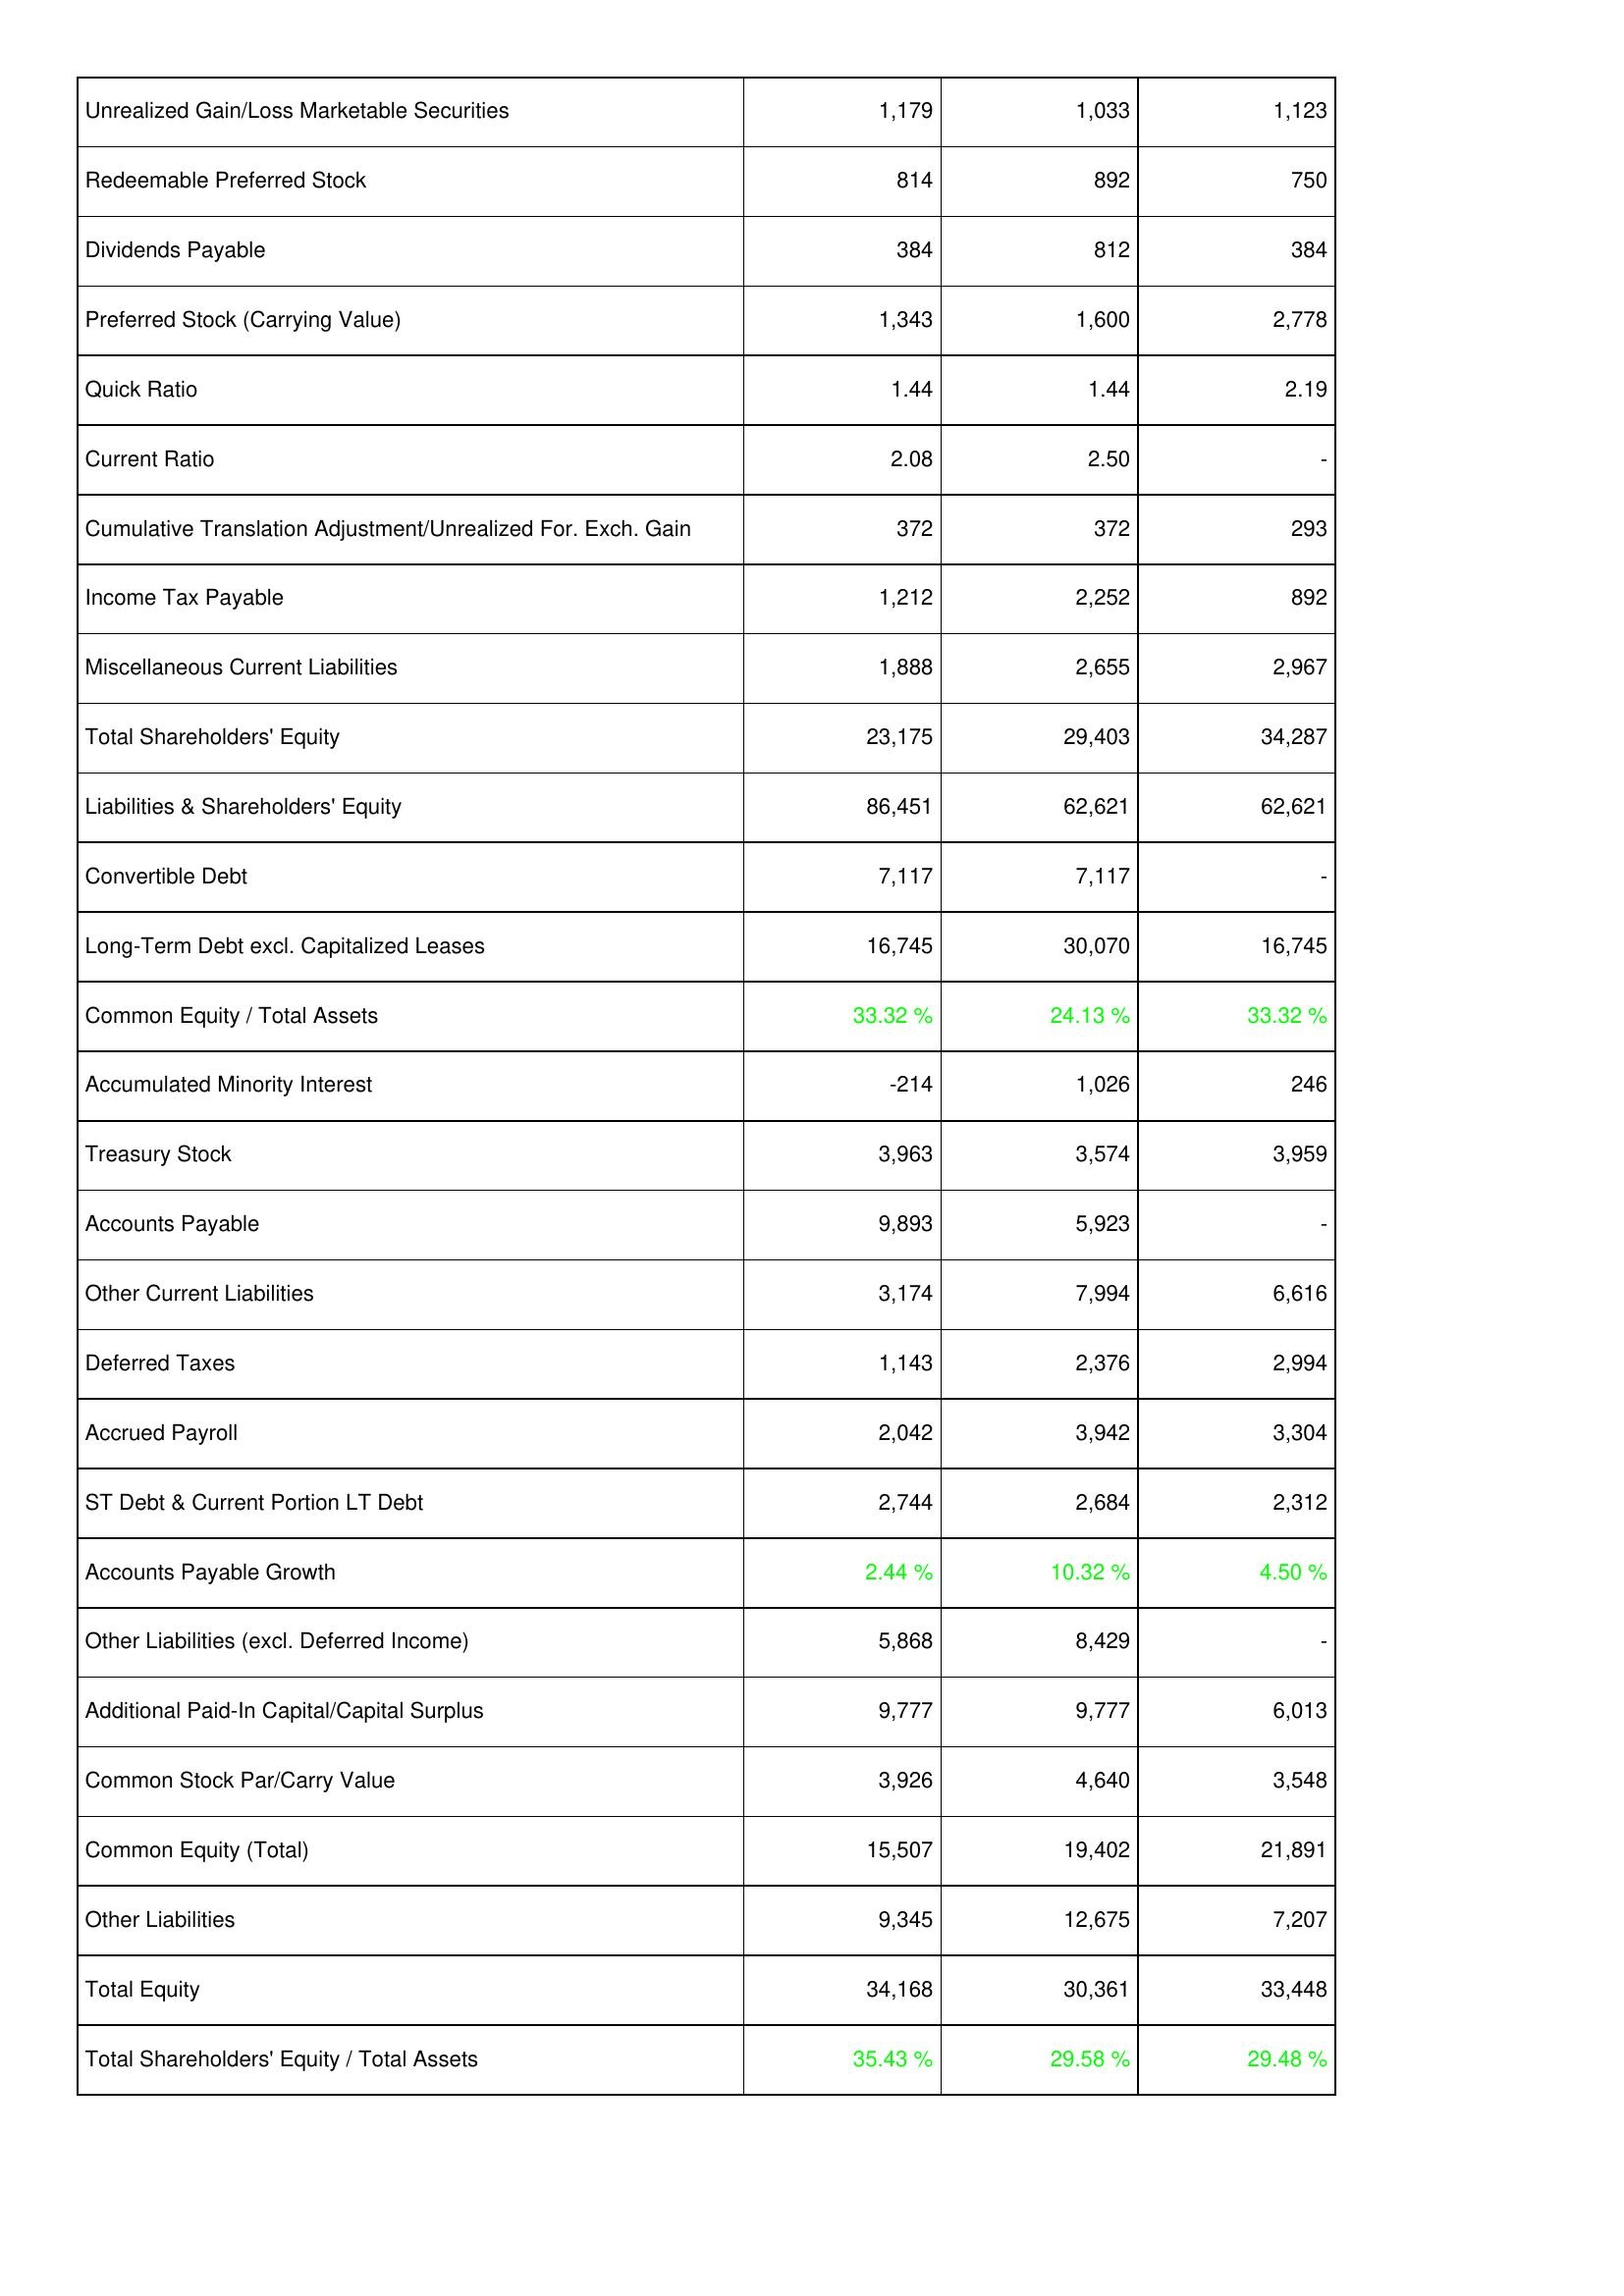
2015: Liabilities & Shareholders' Equity: Unrealized Gain/Loss Marketable Securities: 1,179
Redeemable Preferred Stock: 814
Dividends Payable: 384
Preferred Stock (Carrying Value): 1,343
Quick Ratio: 1.44
Current Ratio: 2.08
Cumulative Translation Adjustment/Unrealized For. Exch. Gain: 372
Income Tax Payable: 1,212
Miscellaneous Current Liabilities: 1,888
Total Shareholders' Equity: 23,175
Liabilities & Shareholders' Equity: 86,451
Convertible Debt: 7,117
Long-Term Debt excl. Capitalized Leases: 16,745
Common Equity / Total Assets: 33.32 %
Accumulated Minority Interest: -214
Treasury Stock: 3,963
Accounts Payable: 9,893
Other Current Liabilities: 3,174
Deferred Taxes: 1,143
Accrued Payroll: 2,042
ST Debt & Current Portion LT Debt: 2,744
Accounts Payable Growth: 2.44 %
Other Liabilities (excl. Deferred Income): 5,868
Additional Paid-In Capital/Capital Surplus: 9,777
Common Stock Par/Carry Value: 3,926
Common Equity (Total): 15,507
Other Liabilities: 9,345
Total Equity: 34,168
Total Shareholders' Equity / Total Assets: 35.43 %
2016: Liabilities & Shareholders' Equity: Unrealized Gain/Loss Marketable Securities: 1,033
Redeemable Preferred Stock: 892
Dividends Payable: 812
Preferred Stock (Carrying Value): 1,600
Quick Ratio: 1.44
Current Ratio: 2.50
Cumulative Translation Adjustment/Unrealized For. Exch. Gain: 372
Income Tax Payable: 2,252
Miscellaneous Current Liabilities: 2,655
Total Shareholders' Equity: 29,403
Liabilities & Shareholders' Equity: 62,621
Convertible Debt: 7,117
Long-Term Debt excl. Capitalized Leases: 30,070
Common Equity / Total Assets: 24.13 %
Accumulated Minority Interest: 1,026
Treasury Stock: 3,574
Accounts Payable: 5,923
Other Current Liabilities: 7,994
Deferred Taxes: 2,376
Accrued Payroll: 3,942
ST Debt & Current Portion LT Debt: 2,684
Accounts Payable Growth: 10.32 %
Other Liabilities (excl. Deferred Income): 8,429
Additional Paid-In Capital/Capital Surplus: 9,777
Common Stock Par/Carry Value: 4,640
Common Equity (Total): 19,402
Other Liabilities: 12,675
Total Equity: 30,361
Total Shareholders' Equity / Total Assets: 29.58 %
2017: Liabilities & Shareholders' Equity: Unrealized Gain/Loss Marketable Securities: 1,123
Redeemable Preferred Stock: 750
Dividends Payable: 384
Preferred Stock (Carrying Value): 2,778
Quick Ratio: 2.19
Current Ratio: -
Cumulative Translation Adjustment/Unrealized For. Exch. Gain: 293
Income Tax Payable: 892
Miscellaneous Current Liabilities: 2,967
Total Shareholders' Equity: 34,287
Liabilities & Shareholders' Equity: 62,621
Convertible Debt: -
Long-Term Debt excl. Capitalized Leases: 16,745
Common Equity / Total Assets: 33.32 %
Accumulated Minority Interest: 246
Treasury Stock: 3,959
Accounts Payable: -
Other Current Liabilities: 6,616
Deferred Taxes: 2,994
Accrued Payroll: 3,304
ST Debt & Current Portion LT Debt: 2,312
Accounts Payable Growth: 4.50 %
Other Liabilities (excl. Deferred Income): -
Additional Paid-In Capital/Capital Surplus: 6,013
Common Stock Par/Carry Value: 3,548
Common Equity (Total): 21,891
Other Liabilities: 7,207
Total Equity: 33,448
Total Shareholders' Equity / Total Assets: 29.48 %